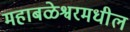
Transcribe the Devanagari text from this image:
महाबळेश्वरमधील